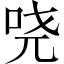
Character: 哓